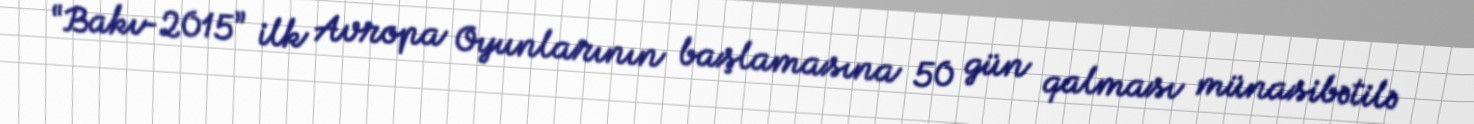
“Bakı-2015” ilk Avropa Oyunlarının başlamasına 50 gün qalması münasibətilə